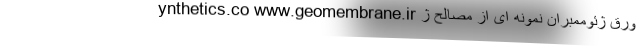
ynthetics.co www.geomembrane.ir ورق ژئوممبران نمونه ای از مصالح ژ